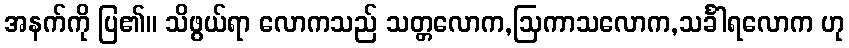
အနက်ကို ပြ၏။ သိဖွယ်ရာ လောကသည် သတ္တလောက,ဩကာသလောက,သင်္ခါရလောက ဟု